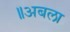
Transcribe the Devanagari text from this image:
॥अबला